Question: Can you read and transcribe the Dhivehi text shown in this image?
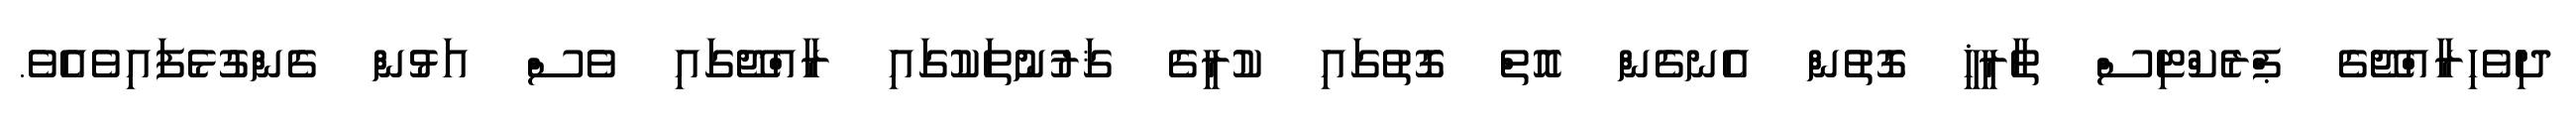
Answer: ދިވެހިރާއްޖޭގެ ޕްރެކްޓިސް ތާރީޚީ ގޮތުން އެނގެން އޮތް ގޮތުގައި ކުރީގެ ޤަރުނުތަކުގައި ރާއްޖޭގައި ވެސް އަޅުން ގެންގުޅެފައިވެއެވެ.